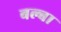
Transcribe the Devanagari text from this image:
बल्बा